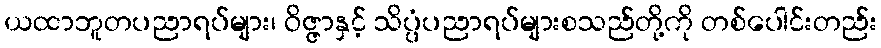
ယထာဘူတပညာရပ်များ၊ ဝိဇ္ဇာနှင့် သိပ္ပံပညာရပ်များစသည်တို့ကို တစ်ပေါင်းတည်း